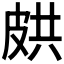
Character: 𭽥